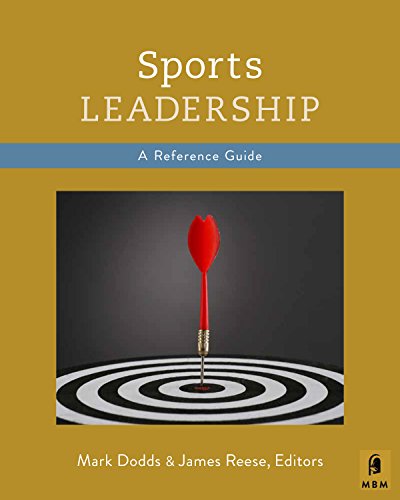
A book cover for Sports Leadership: A Concise Reference Guide; Mark Dodds; Business & Money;